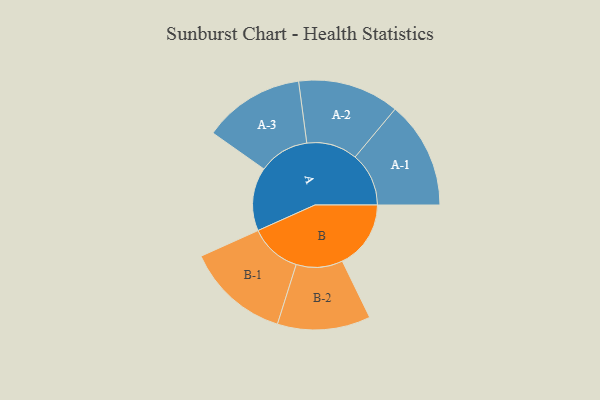
{"axis": {"x": "Segment", "y": "Value"}, "legend": ["", "A", "B"], "data": [{"x": "A", "y": 329, "type": ""}, {"x": "B", "y": 355, "type": ""}, {"x": "A-1", "y": 278, "type": "A"}, {"x": "A-2", "y": 263, "type": "A"}, {"x": "A-3", "y": 262, "type": "A"}, {"x": "B-1", "y": 268, "type": "B"}, {"x": "B-2", "y": 241, "type": "B"}]}